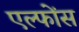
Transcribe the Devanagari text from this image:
एल्फोंस